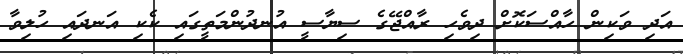
އަދި ވަކިން ހާއްސަކޮށް ދިވެހި ރާއްޖޭގެ ސިޔާސީ އުނދުންމަތީގައި ކެކި އަނދައި ހުލިވާ